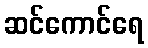
ဆင်ကောင်ရေ